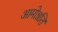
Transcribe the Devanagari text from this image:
आमोन्नति